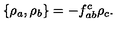
\{ \rho _ { a } , \rho _ { b } \} = - f _ { a b } ^ { c } \rho _ { c } .